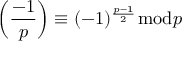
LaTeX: \left( { \frac { - 1 } { p } } \right) \equiv ( - 1 ) ^ { \frac { p - 1 } { 2 } } { \bmod { p } }